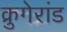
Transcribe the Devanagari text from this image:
क्रुगेरांड